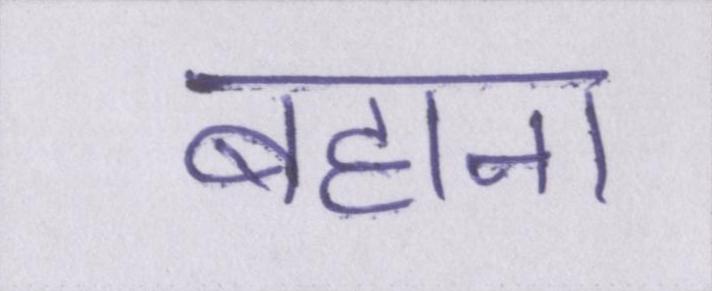
बहाना